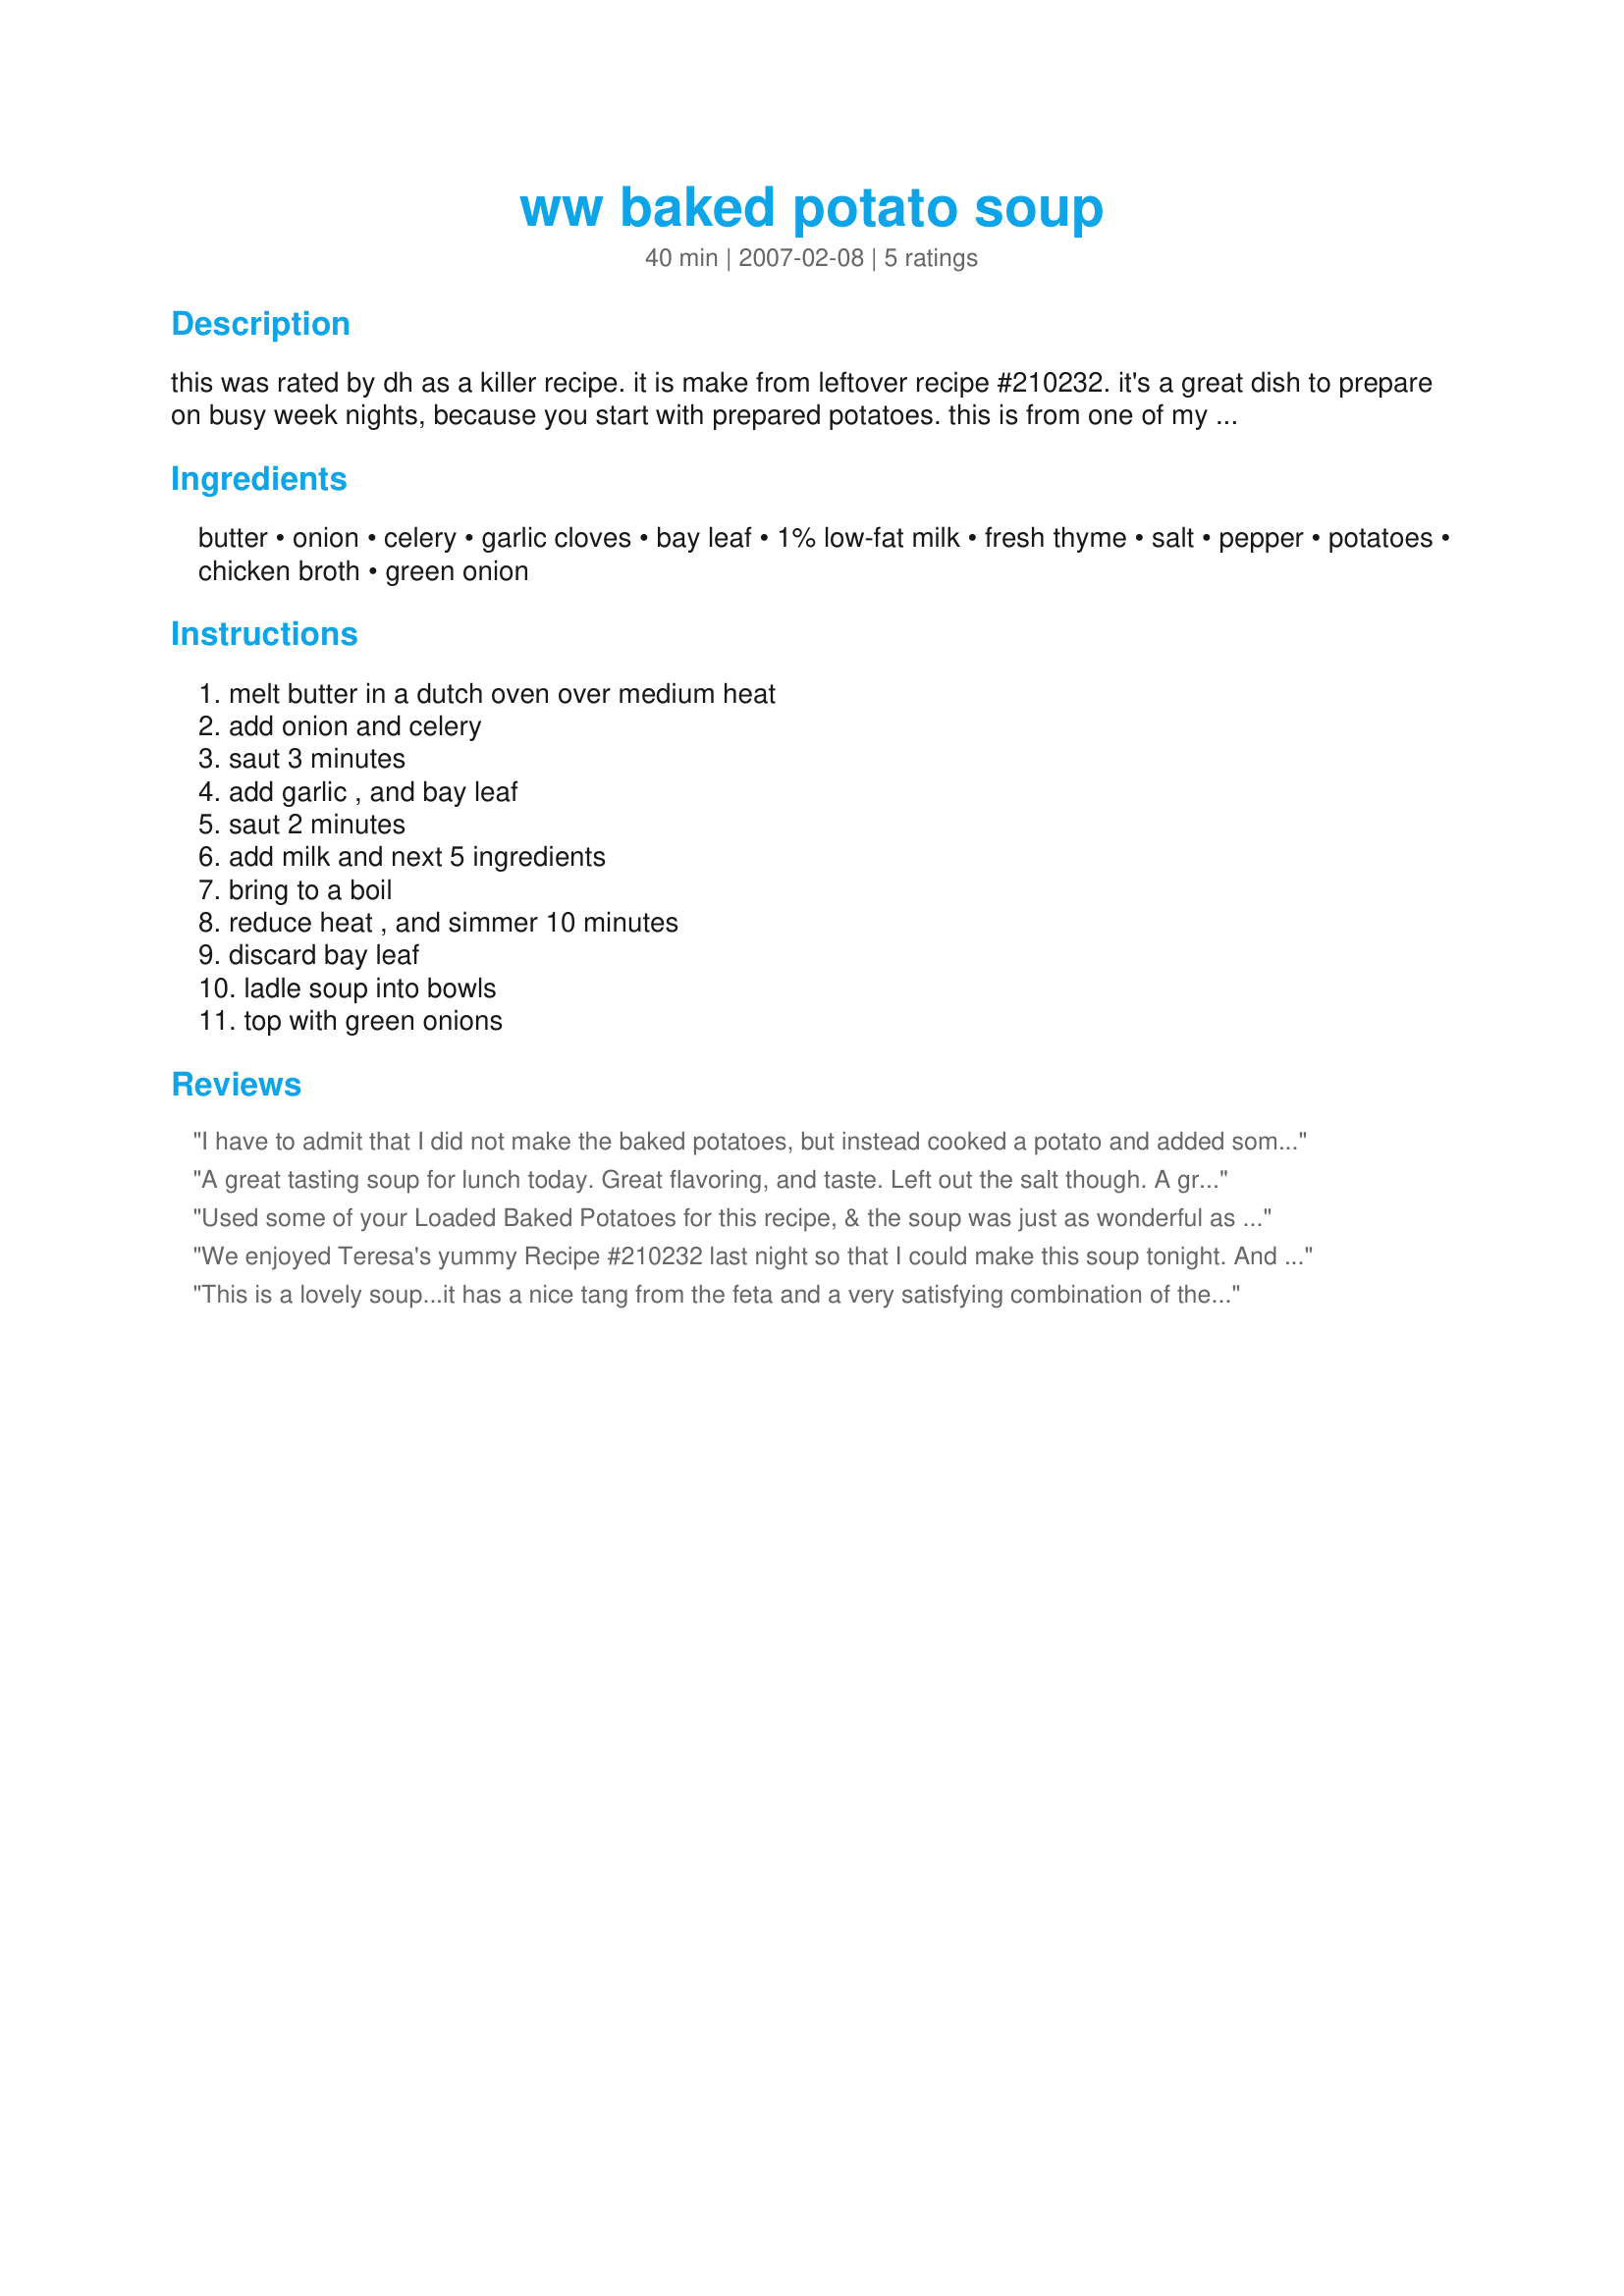
ww baked potato soup
Preparation time: 40 minutes

this was rated by dh as a killer recipe. it is make from leftover recipe #210232. it's a great dish to prepare on busy week nights, because you start with prepared potatoes. this is from one of my old weight watcher cookbooks called "just like home" it has 6 points per 1 1/4 cups.

Ingredients:
butter, onion, celery, garlic cloves, bay leaf, 1% low-fat milk, fresh thyme, salt, pepper, potatoes, chicken broth, green onion

Steps:
melt butter in a dutch oven over medium heat, add onion and celery, saut 3 minutes, add garlic , and bay leaf, saut 2 minutes, add milk and next 5 ingredients, bring to a boil, reduce heat , and simmer 10 minutes, discard bay leaf, ladle soup into bowls, top with green onions

Reviews:
I have to admit that I did not make the baked potatoes, but instead cooked a potato and added some feta and cream cheese to the soup. I also peeled my potato, as I don&#039;t really enjoy potato skins in most dishes. I saved some of the green onion to put on top, omitted the bacon, and added some shredded cheddar cheese as a garnish. I&#039;m not sure that I like the feta in this - did not dislike it, just not decided. But we finished our soup with no problems - I made half the recipe aned had no leftovers.
A great tasting soup for lunch today. Great flavoring, and taste. Left out the salt though. A great compliment to lunch today. Made for 1-2-3 hit wonders.
Used some of your Loaded Baked Potatoes for this recipe, & the soup was just as wonderful as were the baked potatoes the night before! We particularly liked that the soup included the potato skins as well! A very satisfying potato soup that I'd be happy to make again! Thanks for sharing the recipe! [Made & reviewed in 1-2-3 Hits recipe tag]
We enjoyed Teresa's yummy Recipe #210232 last night so that I could make this soup tonight. And WOW! I'm going to be making both these recipes often. :) As I added the loaded baked potatoes into the pot, I thought "this had better be good or I'm going to regret not eating these!" No regrets. With Recipe #210232 as an ingredient, seriously, how could it be otherwise? In making this soup, I opted for using unsalted butter (my preference in cooking) and used fresh thyme. My only additions were that I doubled the garlic and added 2 leeks (we love the blend of flavour from onion, garlic and leeks together) but otherwise I made this exactly to the recipe. I've always enjoyed a good potato and leek soup and this is my new potato and leek recipe par excellence. Thank you so much for sharing this recipe, Teresa! Made for 1-2-3 Hit Wonders.
This is a lovely soup...it has a nice tang from the feta and a very satisfying combination of the flavors of potato, celery and bacon. It is not as thick as I would have expected but it is delicious.
